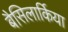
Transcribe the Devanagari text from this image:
बैसिलार्किया